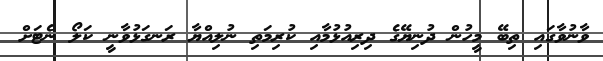
ވާނުވާގައި ތިބޭ މީހުން ދުނިޔޭގެ ދިރިއުޅުމާއި ކުރިމަތި ނުލިއްޔާ ރަނގަޅުވާނީ ކަލޯ ނެޓަށް